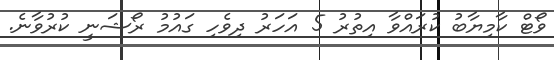
ވޯޓް ކާމިޔާބު ކުރައްވާ އިތުރު 5 އަހަރު ދިވެހި ގައުމު ރޯޝަނީ ކުރުވާނެ.